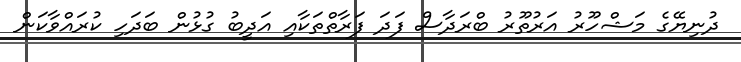
ދުނިޔޭގެ މަޝްހޫރު އަރުތޫރު ބްރަދާސް ފަދަ ފަރާތްތަކާއި އަދީބު ގުޅުން ބަދަހި ކުރައްވާކަން